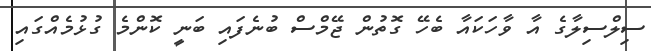
ސިލްސިލާގެ އާ ވާހަކައާ ބެހޭ ގޮތުން ޖޭމްސް ބުނެފައި ބަނީ ކޮންމެ ގުޅުމެއްގައި